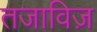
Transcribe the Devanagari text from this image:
तजाविज़